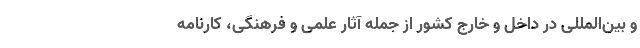
و بین‌المللی در داخل و خارج کشور از جمله آثار علمی و فرهنگی، کارنامه